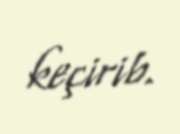
keçirib.